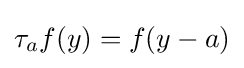
\tau _{a}f(y)=f(y-a)